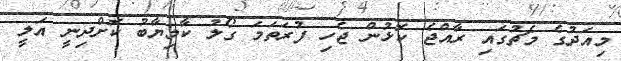
މިއަދުގެ މެޗުގައި ރާއްޖެ ކޮޅުން ޖެހި ފުރަތަމަ ގޯލު ކާމިޔާބު ކޮށްދިނީ އަލީ